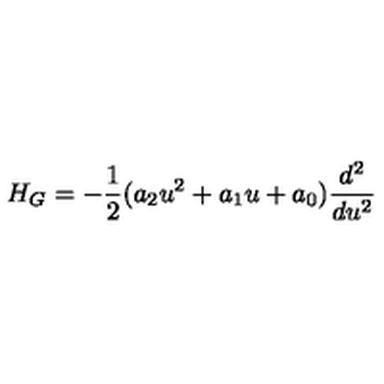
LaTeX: H _ { G } = - \frac { 1 } { 2 } ( a _ { 2 } u ^ { 2 } + a _ { 1 } u + a _ { 0 } ) \frac { d ^ { 2 } } { d u ^ { 2 } }